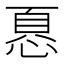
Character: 𢝊